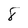
Character: 8